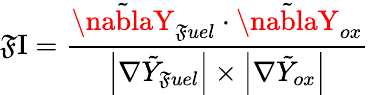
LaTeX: \operatorname{\mathfrak{F}I}=\frac{{\tilde{{\nablaY}}_{\mathfrak{F}uel}\cdot\tilde{{\nablaY}}_{ox}}}{{\left|\nabla\tilde{{Y}}_{\mathfrak{F}uel}\right|\times\left|\nabla\tilde{{Y}}_{ox}\right|}}